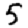
Digit: 5